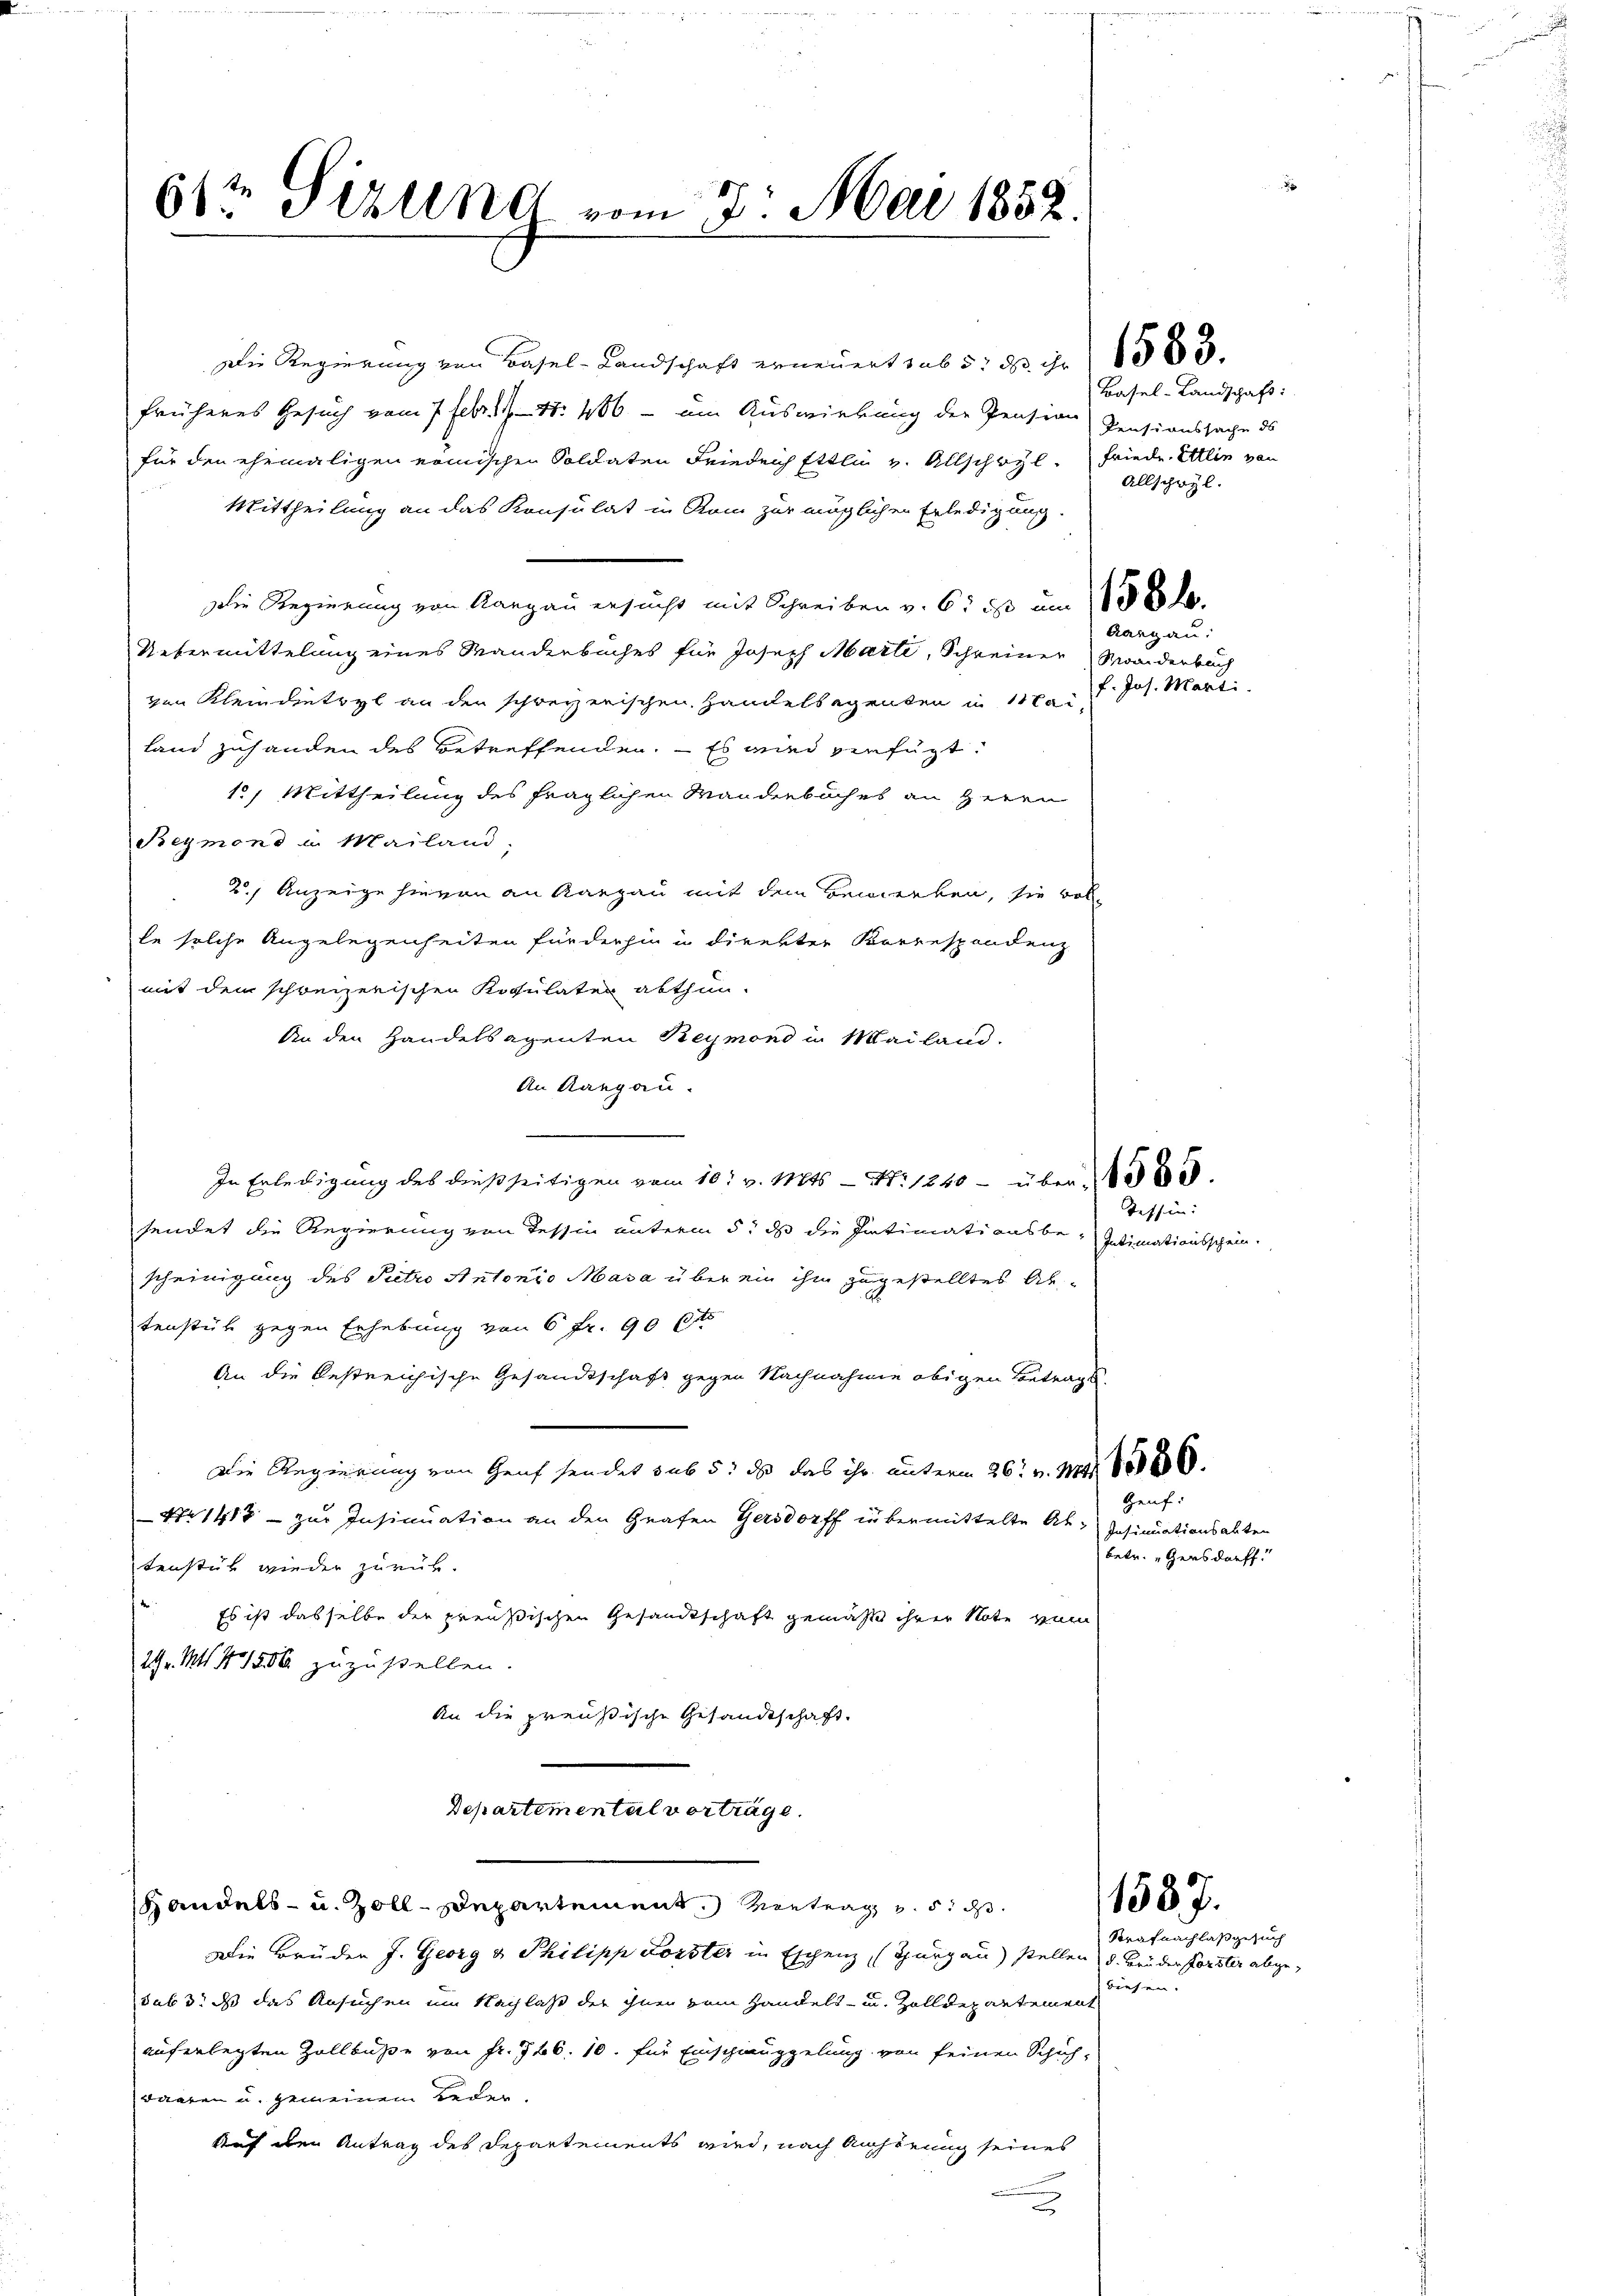
612 Sizung vom 7. Mai 1852.

Die Regierung von Basel-Landschaft erneuert sub 5: 23. No 1383.
früheres Gesuch vom 7 Febr. 1. 406 - um Auswirkung der Pension
für den ehemaligen römischen Soldaten Friedeich Ettli v. Allschwyl. Friede. Ettin von
Mittheilung an das Konsulat in Rom zur möglichen Erledigung.
Die Regierung von Aargau ersucht mit Schreiben v. 6. ist um 100 l.
Uebermittelung eines Manderbuches für Joseph Marte, Schreiner Zwaiderbuch
gen Kleindeteyl an der schweizerischen Handelsagenten in tai
land zuhanden des Betreffenden. – Es wird verfügt:
12. Mittheilung des fraglichen Mandenbuches an Herrn
Beymond u. Mailand,
2.) Anzeige hievon an Aargau mit dem Bewerken, sie vol-
le solche Angelegenheiten für derhin in direkter Korrespondenz
mit dem schweizerischen Kopulaten abthun.
An den Handelsagenten Reymond in Mailand.
An Aargau.

In Erledigung des dießseitigen vom 10. v. Mts. - No 1240 - über 1850.
sendet die Regierung von Tessin unterm 5. ds die Intimationsbescheinigung des Petro Antonio Masa über ein ihm zugestelltes Abtenstück gegen Erhebung von 6 fr. 90 Cts
An die bestreichische Gesandtschaft gegen Nachnahme obigen Betrags-
Die Regierung von Genf sendet sub 5: daß das ihr unterm 26. v. 144. 8800.
Genf.
Nr 1417 - zur Insinuation an den Grafen Gersdorff übermittelte Ab- Insinuationsabten
tenstük wieder zurück.
Es ist dasselbe der preußischen Gesandtschaft gemäß ihrer Note vom
14. Mts. 41506 zuzustellen.
An die preußische Gesandtschaft.
Departemental vorträge.
Handels- u. Zoll-Departement. Vertrag v. 5. ds
Die Brüder J. Georg u. Philipp Forster in Eschenz (Thurgau) stellen d. Brüder Forster abgewiesen.
sub 3. ds das Ansuchen um Nachlaß der ihnen vom Handels- u. Zolldepartement
auferlegten Zollbuße von Fr. 726. 10. für Einschmuggelung von seinen Schuh-
waaren u. gemeinem Beden
Auf eben Antrag des Departements wird, nach Anhörung seines
2

Basel-Landschaft:
Pensionssache ds
Allschwyl.
Aargau:
f. Jos. Marti

Tessin:
Intimationsschein.

betr. Gensdorff.

1537.
Strafnachlaß gesuch